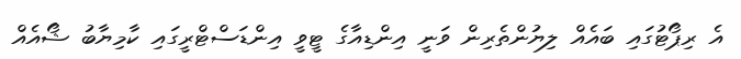
އެ ރިޕޯޓުގައި ބައެއް ލިޔުންތެރިން ވަނީ އިންޑިއާގެ ޓީވީ އިންޑަސްޓްރީގައި ކާމިޔާބު ޝޯއެއް